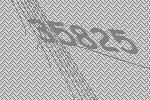
35825